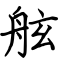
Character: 舷